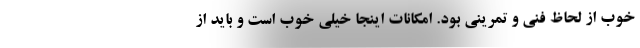
خوب از لحاظ فنی و تمرینی بود. امکانات اینجا خیلی خوب است و باید از